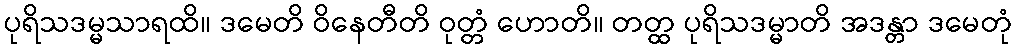
ပုရိသဒမ္မသာရထိ။ ဒမေတိ ဝိနေတီတိ ဝုတ္တံ ဟောတိ။ တတ္ထ ပုရိသဒမ္မာတိ အဒန္တာ ဒမေတုံ